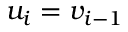
u _ { i } = v _ { i - 1 }